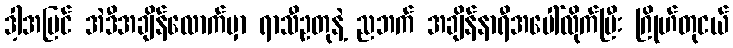
ဒါ့အပြင် အဲဒီအချိန်လောက်မှာ ရာသီဥတုနဲ့ ညဘက် အချိန်နာရီအပေါ်လိုက်ပြီး ဂြိုဟ်တုငယ်